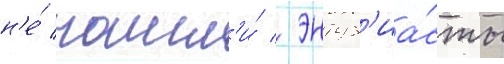
н'е́ нашл'и́ / энтуз'иа́сты